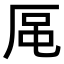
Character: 𪠈